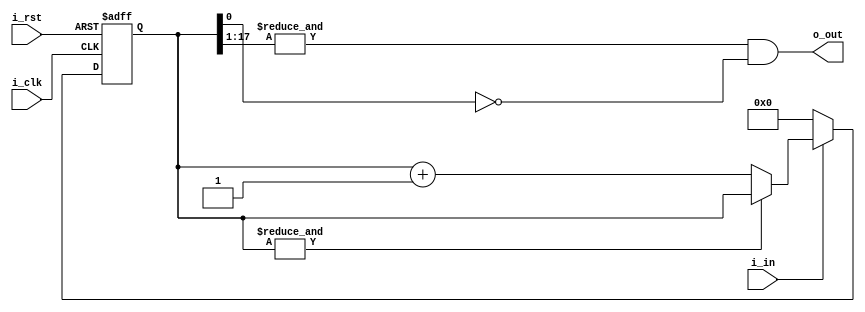
// Aaron's idea for switch debouncing with a single pulse result:

`timescale 1 ps / 1 ps 

module pulse (
	i_clk,
	i_rst,
	i_in,
	o_out);

input i_clk;
input i_rst;
input i_in;
output o_out;

// new code
parameter N = 18; // 18 = 21ms delay

reg [(N-1):0] count;
					
always @(posedge i_clk or posedge i_rst) 
begin
  if (i_rst) 
	begin
		count <= 0;
	end
  else begin
    if (!i_in)
		count <= 0;
    else if (!(&count)) begin
			count <= count + 1;
		end 
	end
end

assign o_out = (&count[(N-1):1]) & !count[0];

endmodule